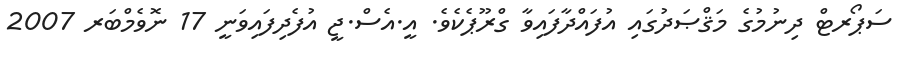
ސަޕޯރޓް ދިނުމުގެ މަޤްޞަދުގައި އުފައްދާފައިވާ ގްރޫޕެކެވެ. އީ.އެސް.ޖީ އުފެދިފައިވަނީ 17 ނޮވެމްބަރ 2007